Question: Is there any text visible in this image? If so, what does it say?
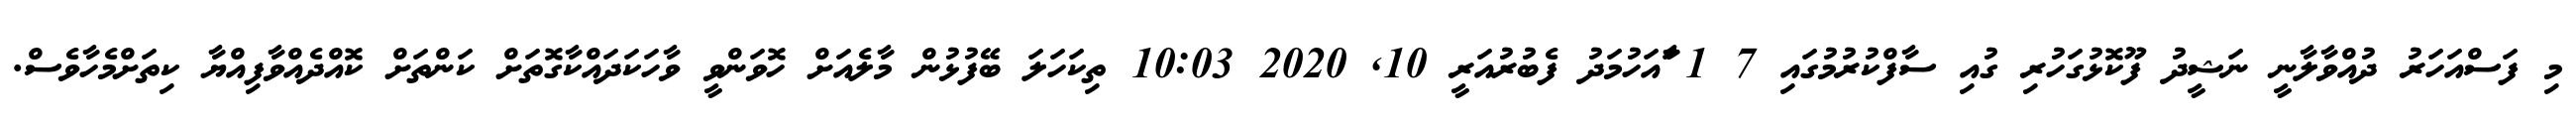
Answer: މި ފަސްއަހަރު ދުއްވާލާނީ ނަޝީދު ފޫކޮޅުގަހުރި ގުއި ސާފްކުރުމުގައި 7 1 ާައަހުމަދު ފެބުރުއަރީ 10, 2020 10:03 ތިކަހަލަ ބޭފުޅުން މާލެއަށް ހޮވަންވީ ވާހަކަދައްކާގޮތަށް ކަންތަށް ކޮއްދެއްވާފިއްޔާ ކިތަށްމެހާވެސް.